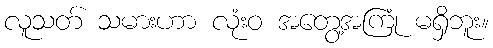
လူသတ် သမားဟာ လုံးဝ အတွေ့အကြုံ မရှိဘူး။